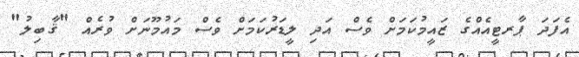
އެފަދަ ޕާރޓީއެއްގެ ޒައީމުކަމަށް ވެސް އަދި ލީޑަރުކަމަށް ވެސް މައުމޫނަށް ވުރެއް "ޤާބިލު"